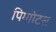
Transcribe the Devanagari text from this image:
पिग्गोटस